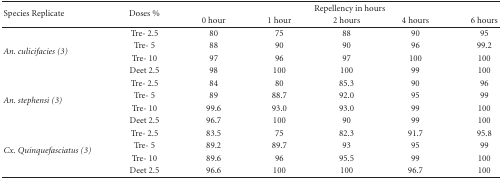
| <ROWSPAN=2> Species Replicate | <ROWSPAN=2> Doses % | <COLSPAN=5> Repellency in hours |
 | 0 hour | 1 hour | 2 hours | 4 hours | 6 hours |
 | --- | --- | --- | --- | --- | --- | --- |
 | <ROWSPAN=4> An. culicifacies (3) | Tre- 2.5 | 80 | 75 | 88 | 90 | 95 |
 | Tre- 5 | 88 | 90 | 90 | 96 | 99.2 |
 | Tre- 10 | 97 | 96 | 97 | 100 | 100 |
 | Deet 2.5 | 98 | 100 | 100 | 99 | 100 |
 | <ROWSPAN=4> An. stephensi (3) | Tre- 2.5 | 84 | 80 | 85.3 | 90 | 96 |
 | Tre- 5 | 89 | 88.7 | 92.0 | 95 | 99 |
 | Tre- 10 | 99.6 | 93.0 | 93.0 | 99 | 100 |
 | Deet 2.5 | 96.7 | 100 | 90 | 99 | 100 |
 | <ROWSPAN=4> Cx. Quinquefasciatus (3) | Tre- 2.5 | 83.5 | 75 | 82.3 | 91.7 | 95.8 |
 | Tre- 5 | 89.2 | 89.7 | 93 | 95 | 99 |
 | Tre- 10 | 89.6 | 96 | 95.5 | 99 | 100 |
 | Deet 2.5 | 96.6 | 100 | 100 | 96.7 | 100 |